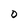
Character: 0